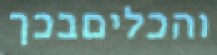
והכליםבכך